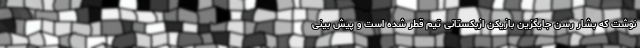
نوشت که بشار رسن جایگزین بازیکن ازبکستانی تیم قطر شده است و پیش بینی